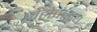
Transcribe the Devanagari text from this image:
पोहोचलाय